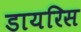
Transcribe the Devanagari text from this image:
डायरिस